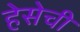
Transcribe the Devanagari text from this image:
हेसेची